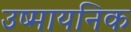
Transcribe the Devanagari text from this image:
उष्मायनिक